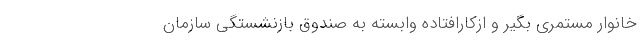
خانوار مستمری بگیر و ازکارافتاده وابسته به صندوق بازنشستگی سازمان